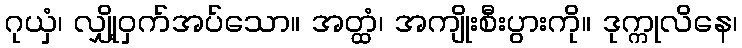
ဂုယှံ၊ လျှို့ဝှက်အပ်သော။ အတ္ထံ၊ အကျိုးစီးပွားကို။ ဒုက္ကုလိနေ၊